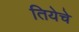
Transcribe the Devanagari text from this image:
तियेचे